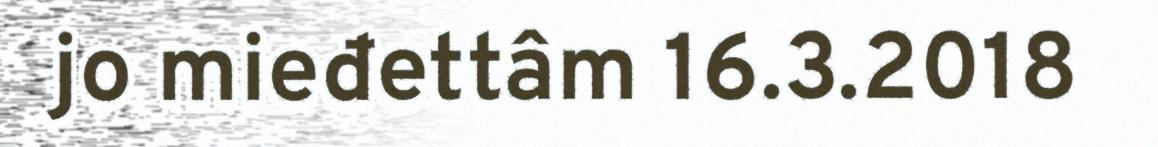
jo mieđettâm 16.3.2018